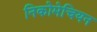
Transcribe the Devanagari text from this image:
निकोमेचियन